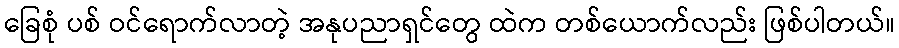
ခြေစုံ ပစ် ဝင်ရောက်လာတဲ့ အနုပညာရှင်တွေ ထဲက တစ်ယောက်လည်း ဖြစ်ပါတယ်။